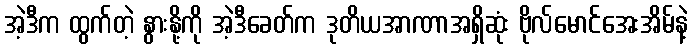
အဲ့ဒီက ထွက်တဲ့ နွားနို့ကို အဲ့ဒီခေတ်က ဒုတိယအာဏာအရှိဆုံး ဗိုလ်မောင်အေးအိမ်နဲ့